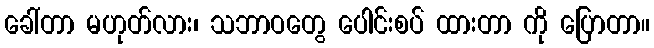
ခေါ်တာ မဟုတ်လား၊ သဘာဝတွေ ပေါင်းစပ် ထားတာ ကို ပြောတာ။